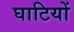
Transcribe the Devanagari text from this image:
घाटियों